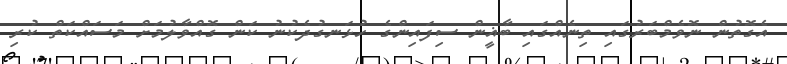
އެގޮތުން ނޮވެމްބަރުގައި ތިނެއްގައި ބާޣީން ސިފައިންގެ ހުޅަނގުދެކުނު ކަން ގޮއްވާލުމަށް މަސައްކަތް ކުރި